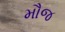
મૌજ